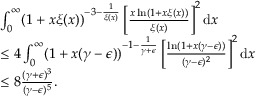
\begin{array} { r l } & { \int _ { 0 } ^ { \infty } ( 1 + x \xi ( x ) ) ^ { - 3 - \frac { 1 } { \xi ( x ) } } \left[ \frac { x \ln ( 1 + x \xi ( x ) ) } { \xi ( x ) } \right] ^ { 2 } \mathrm { d } x } \\ & { \leq 4 \int _ { 0 } ^ { \infty } ( 1 + x ( \gamma - \epsilon ) ) ^ { - 1 - \frac { 1 } { \gamma + \epsilon } } \left[ \frac { \ln ( 1 + x ( \gamma - \epsilon ) ) } { ( \gamma - \epsilon ) ^ { 2 } } \right] ^ { 2 } \mathrm { d } x } \\ & { \leq 8 \frac { ( \gamma + \epsilon ) ^ { 3 } } { ( \gamma - \epsilon ) ^ { 5 } } . } \end{array}